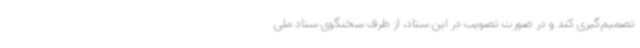
تصمیم‌گیری کند و در صورت تصویب در این ستاد، از طرف سخنگوی ستاد ملی